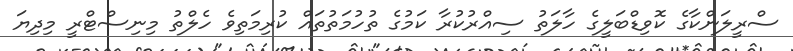
ސްރީލަންކާގެ ކޮވިޑްބަލީގެ ހާލަތު ސިއްރުކުރާ ކަމުގެ ތުހުމަތުތައް ކުރިމަތިވެ ހެލްތު މިނިސްޓްރީ މިދިޔަ